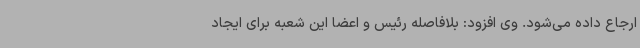
ارجاع داده می‌شود. وی افزود: بلافاصله رئیس و اعضا این شعبه برای ایجاد